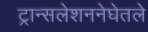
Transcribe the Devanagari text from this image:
ट्रान्सलेशननेघेतले